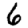
Digit: 6